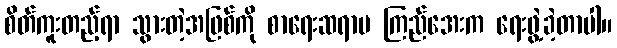
စိတ်ကူးတည့်ရာ သွားတဲ့အဖြစ်ကို စာရေးဆရာမ ကြည်အေးက ရေးဖွဲ့ခဲ့တာပါ။